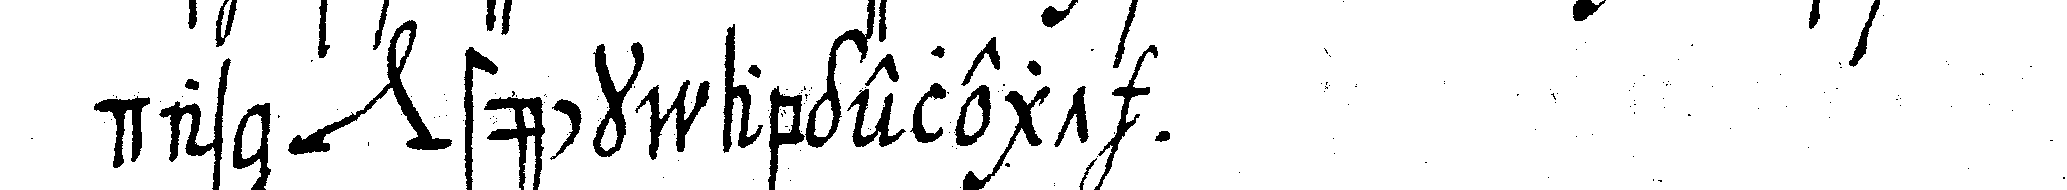
das *nee* stück abgelegt .